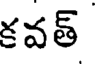
కవత్